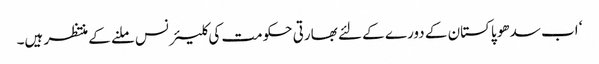
‘ اب سدھو پاکستان کے دورے کے لئے بھارتی حکومت کی کلیئرنس ملنے کے منتظر ہیں۔